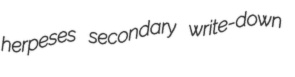
herpeses secondary write-down